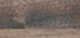
العظمي